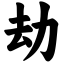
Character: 劫